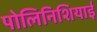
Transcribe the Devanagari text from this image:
पोलिनिशियाई